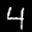
Label: 4